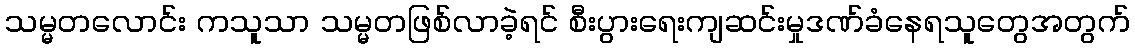
သမ္မတလောင်း ကသူသာ သမ္မတဖြစ်လာခဲ့ရင် စီးပွားရေးကျဆင်းမှုဒဏ်ခံနေရသူတွေအတွက်